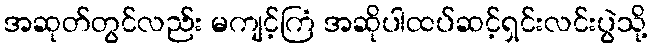
အဆုတ်တွင်လည်း မကျင့်ကြံ အဆိုပါထပ်ဆင့်ရှင်းလင်းပွဲသို့